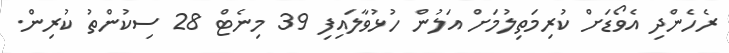
ރެހެންދި އެވޯޑަށް ކުރިމަތިލުމަށް އަލުން ހުޅުވާލައިފި 39 މިނެޓް 28 ސިކުންތު ކުރިން.